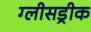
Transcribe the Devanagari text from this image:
ग्लीसड्रीक